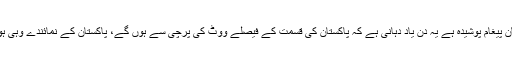
کہا جشن آزادی اور عام انتخابات کے درمیان پیغام پوشیدہ ہے یہ دن یاد دہانی ہے کہ پاکستان کی قسمت کے فیصلے ووٹ کی پرچی سے ہوں گے، پاکستان کے نمائندے وہی ہوسکتے ہیں جنہیں ووٹرز سند نمائندگی دیں۔